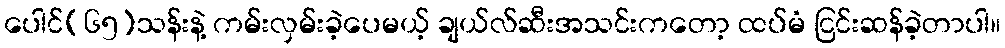
ပေါင်(၆၅)သန်းနဲ့ ကမ်းလှမ်းခဲ့ပေမယ့် ချယ်လ်ဆီးအသင်းကတော့ ထပ်မံ ငြင်းဆန်ခဲ့တာပါ။